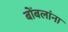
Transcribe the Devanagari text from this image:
बोंबलांना